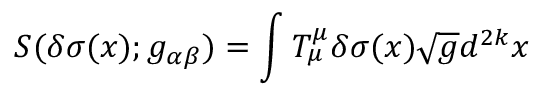
S ( \delta \sigma ( x ) ; g _ { \alpha \beta } ) = \int T _ { \mu } ^ { \mu } \delta \sigma ( x ) \sqrt { g } d ^ { 2 k } x